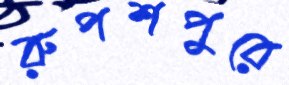
রুপশপুরে